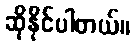
ဆိုနိုင်ပါတယ်။